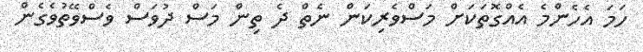
ހަމަ އެހެންމެ އެއްގޮތަކަށް މަސްވެރިކަން ނެތް ދެ ތިން މަސް ދުވަސް ވެސްވޭތުވެގެން